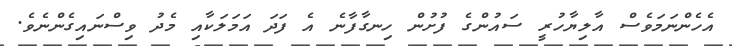
އެހެންނަމަވެސް އާލިޔާހުރީ ސައުންގެ ފުށުން ހިނގާފާނެ އެ ފަދަ އަމަލަކާއި މެދު ވިސްނައިގެންނެވެ.